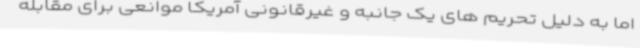
اما به دلیل تحریم های یک جانبه و غیرقانونی آمریکا موانعی برای مقابله